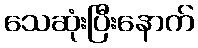
သေဆုံးပြီးနောက်